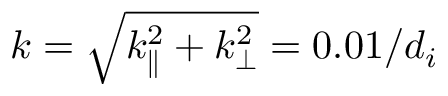
k = \sqrt { k _ { \parallel } ^ { 2 } + k _ { \perp } ^ { 2 } } = 0 . 0 1 / d _ { i }